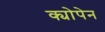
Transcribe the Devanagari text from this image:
क्योपेन